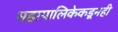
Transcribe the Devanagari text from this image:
महापालिकेकडूनही